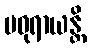
မဓုရာယန္တိ